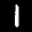
Label: 1